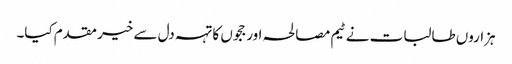
ہزاروں طالبات نے ٹیم مصالحہ اور ججوں کا تہہ دل سے خیر مقدم کیا۔